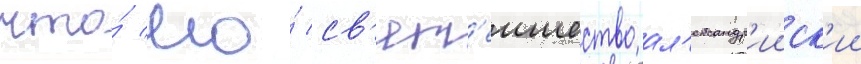
что́ его́ св'ят'еишество ал'ександр'ииск'ии